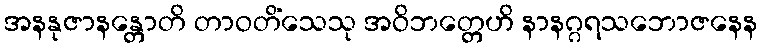
အနနုဇာနန္တောတိ တာဝတိံသေသု အဝိဘတ္တေဟိ နာနဂ္ဂရသဘောဇနေန